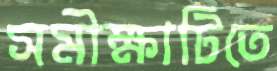
সমীক্ষাটিতে